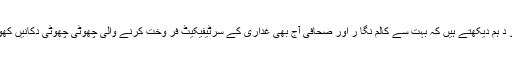
مگر اِس ارتقا کے با وجو د ہم دیکھتے ہیں کہ بہت سے کالم نگا ر اور صحافی آج بھی غداری کے سرٹیفیکیٹ فر وخت کرنے والی چھوٹی چھوٹی دکانیں کھولے ہوئے نظر آتے ہیں ۔